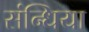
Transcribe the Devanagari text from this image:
संन्धिया